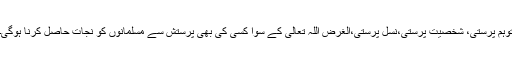
توہم پرستی، شخصیت پرستی،نسل پرستی،الغرض اللہ تعالی کے سوا کسی کی بھی پرستش سے مسلمانوں کو نجات حاصل کرنا ہوگی۔